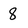
Character: 8